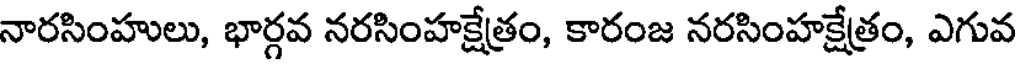
నారసింహులు, భార్గవ నరసింహక్షేత్రం, కారంజ నరసింహక్షేత్రం, ఎగువ